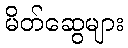
မိတ်ဆွေများ